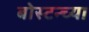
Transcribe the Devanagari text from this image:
बोस्टन्च्या